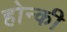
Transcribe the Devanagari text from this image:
होन्की